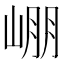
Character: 𡹔